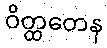
ဝိတ္ထတေန